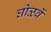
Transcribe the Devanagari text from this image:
घोळवें